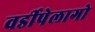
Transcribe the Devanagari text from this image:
वर्डीपेलागो